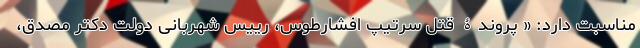
مناسبت دارد: « پروندۀ قتل سرتیپ افشارطوس، رییس شهربانی دولت دکتر مصدق،